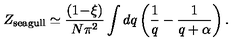
Z _ { \mathrm { s e a g u l l } } \simeq \frac { ( 1 \! - \! \xi ) } { N \pi ^ { 2 } } \int d q \left( \frac { 1 } { q } - \frac { 1 } { q + \alpha } \right) .